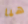
هيا